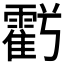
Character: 𮦱